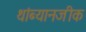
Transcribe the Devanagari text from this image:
थांब्यानजीक